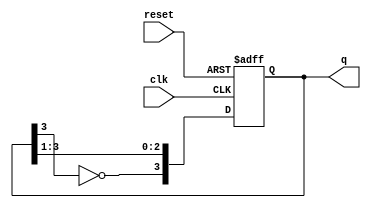
module johnson_counter #(
    parameter N = 4  // Number of flip-flops (must be even)
) (
    input wire clk,      // Clock input
    input wire reset,    // Asynchronous reset
    output reg [N-1:0] q // Output of the counter
);

    // Internal signal for the inverted output of the last flip-flop
    wire feedback;

    // Assign the feedback as the inverted output of the last flip-flop
    assign feedback = ~q[N-1];

    // Sequential logic for the Johnson counter
    always @(posedge clk or posedge reset) begin
        if (reset) begin
            // Asynchronous reset
            q <= {N{1'b0}}; // Set all flip-flops to 0
        end else begin
            // Shift the values and apply feedback
            q <= {feedback, q[N-1:1]};
        end
    end

endmodule